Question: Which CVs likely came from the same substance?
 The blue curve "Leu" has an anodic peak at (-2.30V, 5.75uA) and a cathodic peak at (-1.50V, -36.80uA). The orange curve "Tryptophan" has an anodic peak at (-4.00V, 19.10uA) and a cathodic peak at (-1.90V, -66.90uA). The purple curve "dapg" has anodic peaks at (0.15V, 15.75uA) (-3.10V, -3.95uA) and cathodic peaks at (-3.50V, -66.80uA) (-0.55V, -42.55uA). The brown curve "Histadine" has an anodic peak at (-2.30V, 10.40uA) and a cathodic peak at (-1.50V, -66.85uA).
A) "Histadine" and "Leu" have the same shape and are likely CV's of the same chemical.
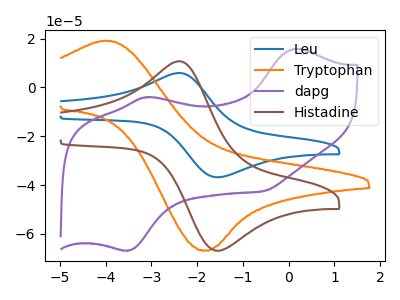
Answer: <think>"Leu" and "Tryptophan" have at least one peak that do not match. "Leu" and "dapg" have a different number of peaks. All the peaks in "Leu" have a peak in "Histadine" at the same potential. Every peak in "Leu" is lower than every peak in "Histadine". "Tryptophan" and "dapg" have a different number of peaks. "Tryptophan" and "Histadine" have at least one peak that do not match. "dapg" and "Histadine" have a different number of peaks.
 </think>
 <answer>A) "Histadine" and "Leu" have the same shape and are likely CV's of the same chemical.</answer>
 <eval>A</eval>